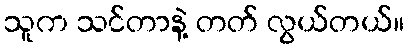
သူက သင်တာနဲ့ တတ် လွယ်တယ်။